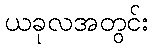
ယခုလအတွင်း